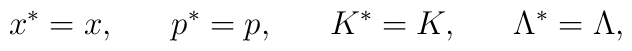
x^*=x,\ \ \ \ \  p^*=p,\ \ \ \ \  K^*=K,\ \ \ \ \  \Lambda^*=\Lambda,